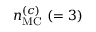
n _ { \mathrm { { M C } } } ^ { ( c ) } ~ ( = 3 )